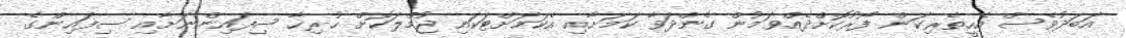
އަބަދުވެސް އެހީތެރިކަން ފޯރުކޮށްދެއްވަމުން ގެންދަވާ ކަމަށާއި އެކަމަށްޓަކައި ޖުމްލަކޮށް ހުރިހާ ސިފައިންނަށާއި ސިފައިންގެ